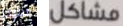
سواء مشاكل